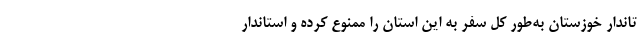
تاندار خوزستان به‌طور کل سفر به این استان را ممنوع کرده و استاندار